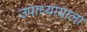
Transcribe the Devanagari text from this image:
उपाध्यायाला